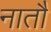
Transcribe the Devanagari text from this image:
नातौ